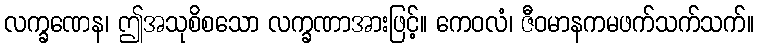
လက္ခဏေန၊ ဤအသုစိစသော လက္ခဏာအားဖြင့်။ ကေဝလံ၊ ဇီဝမာနကမဖက်သက်သက်။